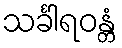
သင်္ခါရဝန္တံ